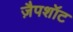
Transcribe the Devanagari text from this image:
ज़ैपशॉट